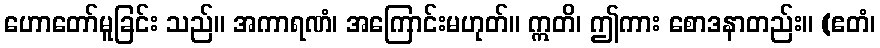
ဟောတော်မူခြင်း သည်။ အကာရဏံ၊ အကြောင်းမဟုတ်။ ဣတိ၊ ဤကား စောဒနာတည်း။ (ဧတံ၊